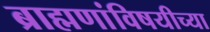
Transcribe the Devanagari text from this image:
ब्राह्मणांविषयीच्या